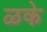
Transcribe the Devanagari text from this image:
ळके